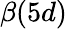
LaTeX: \beta(5d)